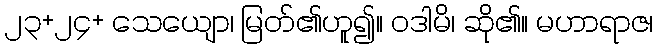
၂၃+၂၄+ သေယျော၊ မြတ်၏ဟူ၍။ ဝဒါမိ၊ ဆို၏။ မဟာရာဇ၊